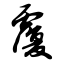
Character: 覆